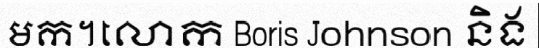
មក។លោក Boris Johnson និង